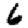
Digit: 6